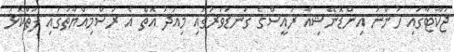
ޖަކާޓާގައި ހުންނަ އިންޑޮނޭޝިއާ ރައީސްގެ ގަނޑުވަރުގައި މިއަދު އޮތް އެ ރަސްމިއްޔާތުގައި ފަތްކޮޅު